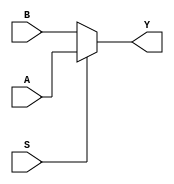
module multiPlexer(A, B, S, Y);

input A, B, S;
output Y;
reg Y;
always @ (A or B or S)
	if(S)
	Y = A;
	else
	Y = B;
endmodule


module TestMultiPlexer;

reg A, B, S;
wire Y;

multiPlexer m0(A, B, S, Y);

initial begin 

A=0;
B=0;
S=0;
#100;
A=0;
B=0;
S=1;
#100;
A=0;
B=1;
S=0;
#100;
A=0;
B=1;
S=1;
#100;
A=1;
B=0;
S=0;
#100;
A=1;
B=0;
S=1;
#100;
A=1;
B=1;
S=0;
#100;
A=1;
B=1;
S=1;

end

endmodule